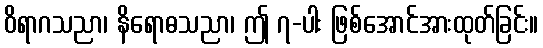
ဝိရာဂသညာ၊ နိရောဓသညာ၊ ဤ ၇-ပါး ဖြစ်အောင်အားထုတ်ခြင်း။